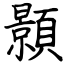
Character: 顥